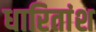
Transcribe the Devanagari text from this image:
धारितांश